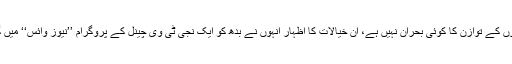
اب ہمارے پاس ادائیگیوں کے توازن کا کوئی بحران نہیں ہے، ان خیالات کا اظہار انہوں نے بدھ کو ایک نجی ٹی وی چینل کے پروگرام ’’نیوز وائس‘‘ میں گفتگو کرتے ہوئے کیا۔